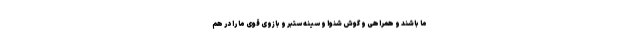
ما باشند و همراهی و گوش‌ شنوا و سینه ستبر و بازوی قوی ما را در هم